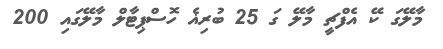
މާލޭގަ ކޭ އެފްޗީ މާލޭ ގަ 25 ބުރިޣެ ހޮސްޕިޓާލް މާލޭގައި 200